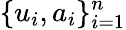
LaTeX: \{ u_{i},a_{i}\} _{i=1}^{n}